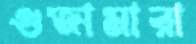
গুজামারা